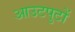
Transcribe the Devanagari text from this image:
आउटपुटों